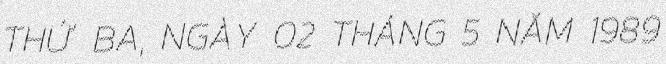
THỨ BA, NGÀY 02 THÁNG 5 NĂM 1989